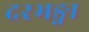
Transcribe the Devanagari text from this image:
दरभङ्गा